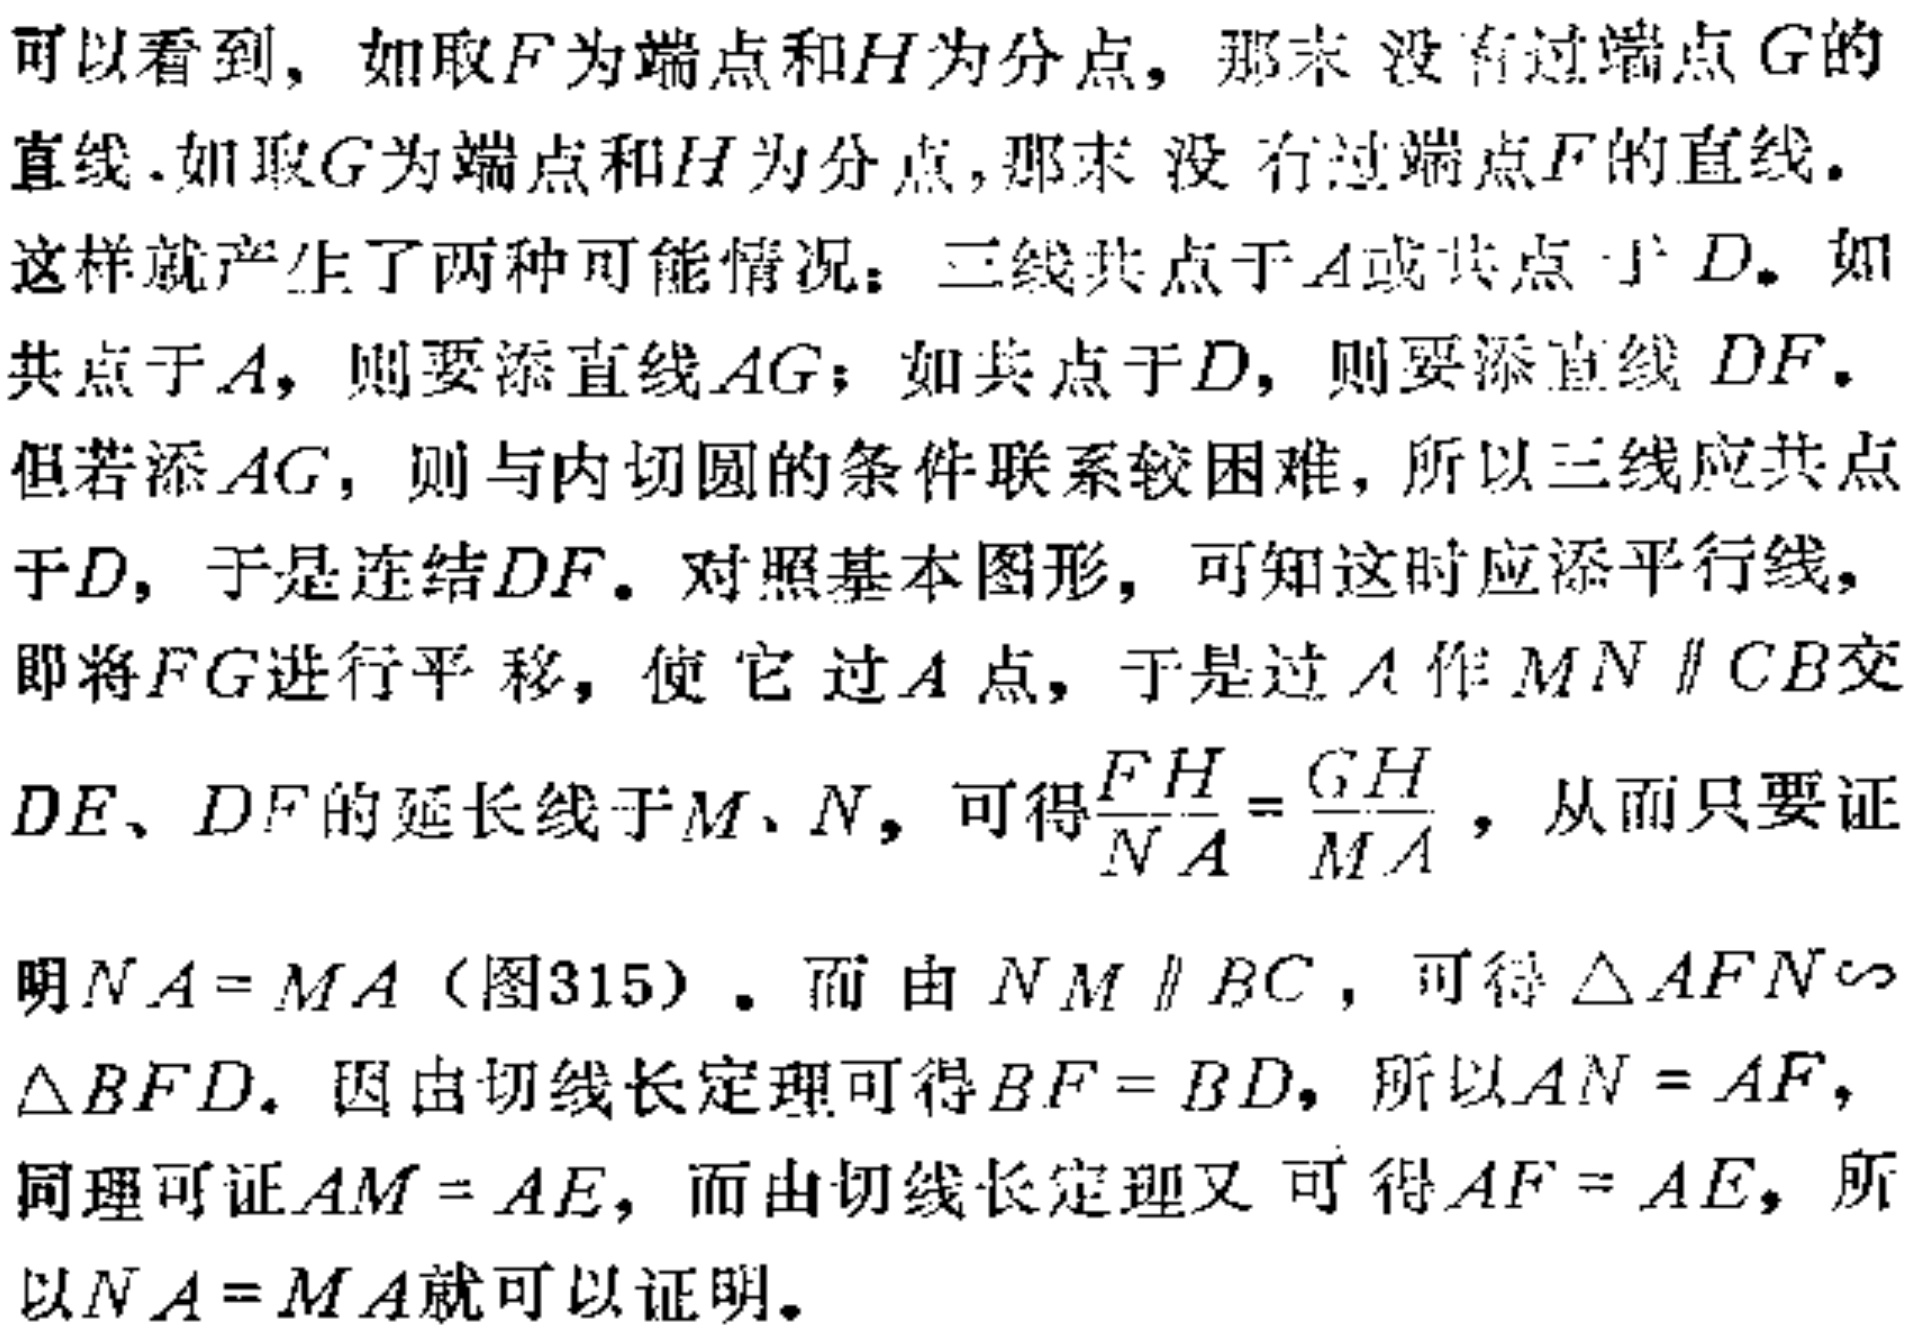
可以看到，如取\(F\)为端点和\(H\)为分点，那么没有过端点\(G\)的直线.如取\(G\)为端点和\(H\)为分点，那么没有过端点\(F\)的直线.
这样就产生了两种可能情况：三线共点于\(A\)或共点于\(D\). 如共点于\(A\)，则要添直线\(AG\)；如共点于\(D\)，则要添直线 \(DF\). 但若添\(AG\)，则与内切圆的条件联系较困难，所以三线应共点于\(D\)，于是连结\(DF\). 对照基本图形，可知这时应添平行线，即将\(FG\)进行平移，使它过\(A\)点，于是过\(A\)作 \(MN \parallel CB\)交\(DE\)、\(DF\)的延长线于\(M\)、\(N\)，可得\(\frac{FH}{NA}=\frac{GH}{MA}\)，从而只要证明\(NA = MA\)（图315）. 而由 \(NM \parallel BC\)，可得 \(\triangle AFN\sim\triangle BFD\). 因由切线长定理可得\(BF = BD\)，所以\(AN = AF\)，同理可证\(AM = AE\)，而由切线长定理又可得\(AF = AE\)，所以\(NA = MA\)就可以证明.